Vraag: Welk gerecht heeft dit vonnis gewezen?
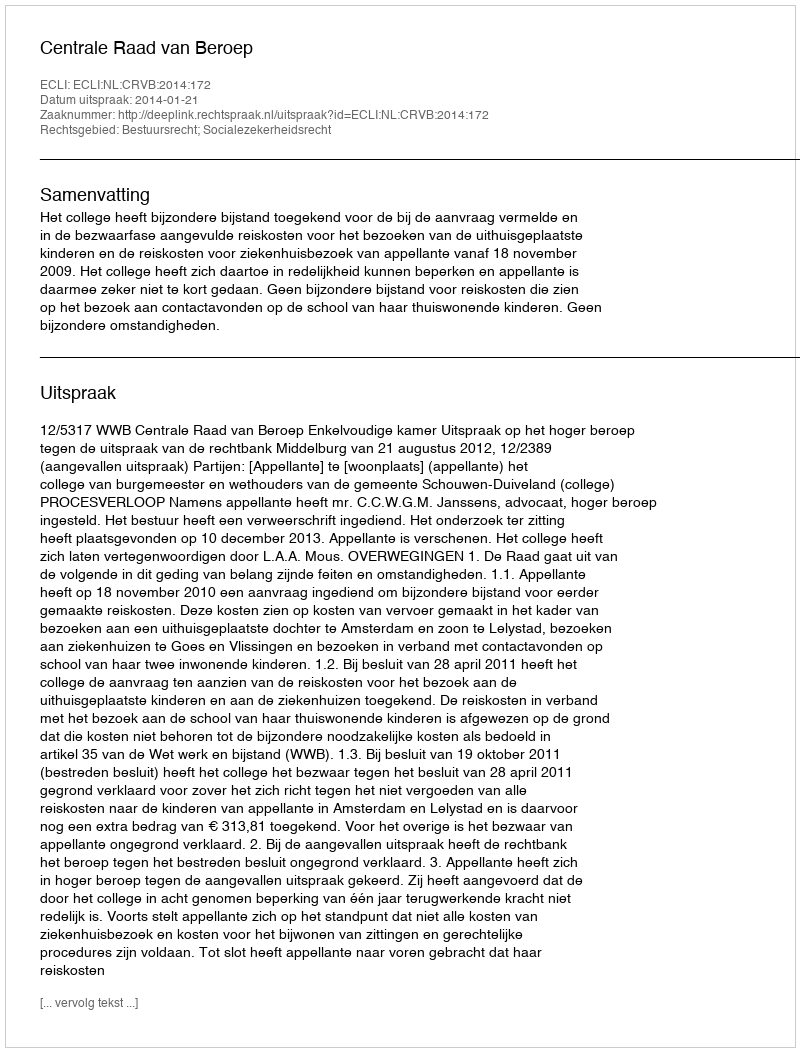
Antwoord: Centrale Raad van Beroep